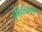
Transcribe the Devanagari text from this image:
चुंबकीयकरण